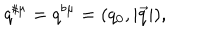
q ^ { \sharp \mu } = q ^ { \flat \mu } = ( q _ { 0 } , \left| \vec { q } \right| ) ,